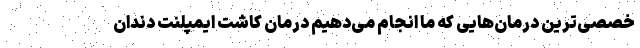
خصصی‌ترین درمان‌هایی که ما انجام می‌دهیم درمان کاشت ایمپلنت دندان